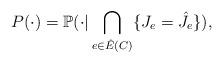
LaTeX: \begin{align*} P ( \cdot ) = \mathbb{P} ( \cdot | \bigcap_{e \in \hat{E}(C)} \{ J_e= \hat{J}_e\} ) ,\end{align*}